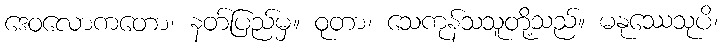
ဒေဝလောကတော၊ နတ်ပြည်မှ။ ဝုတာ၊ သေကုန်သသူတို့သည်။ မနုဿေသုပိ၊